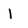
Character: l